Report on the bubonic plague in Bombay, 1896-1897
Year: 1896
Disease focus: Plague
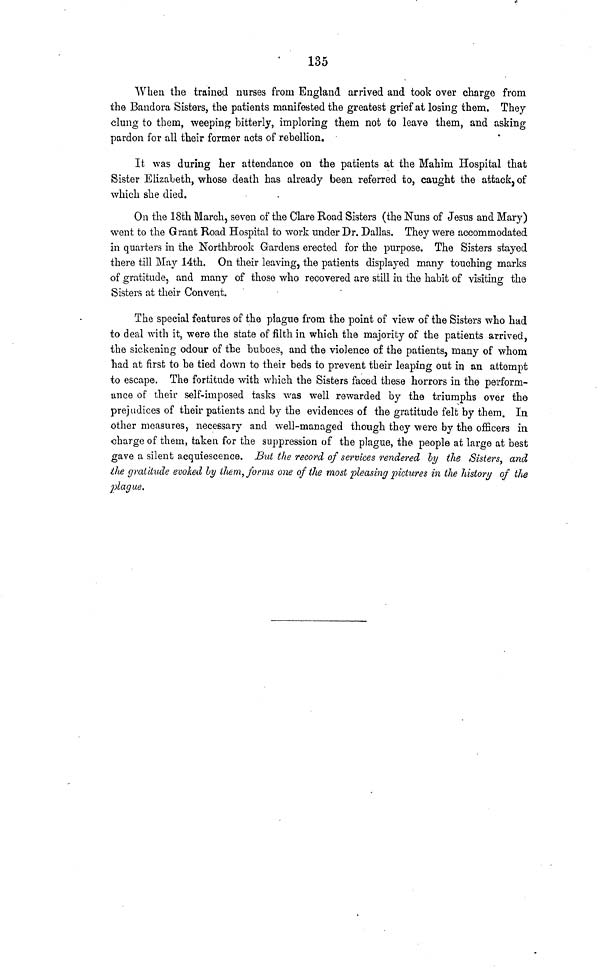
135
When the trained nurses from England arrived and took over charge from
the Bandora Sisters, the patients manifested the greatest grief at losing them. They
clung to them, weeping bitterly, imploring them not to leave them, and asking
pardon for all their former acts of rebellion.
It was during her attendance on the patients at the Mahim Hospital that
Sister Elizabeth, whose death has already been referred to, caught the attack, of
which she died.
On the 18th March, seven of the Clare Road Sisters (the Nuns of Jesus and Mary)
went to the Grant Road Hospital to work under Dr. Dallas. They were accommodated
in quarters in the Northbrook Gardens erected for the purpose. The Sisters stayed
there till May 14th, On their leaving, the patients displayed many touching marks
of gratitude, and many of those who recovered are still in the habit of visiting the
Sisters at their Convent.
The special features of the plague from the point of view of the Sisters who had
to deal with it, were the state of filth in which the majority of the patients arrived,
the sickening odour of the buboes, and the violence of the patients, many of whom
had at first to be tied down to their beds to prevent their leaping out in an attempt
to escape. The fortitude with which the Sisters faced these horrors in the perform-
ance of their self-imposed tasks was well rewarded by the triumphs over the
prejudices of their patients and by the evidences of the gratitude felt by them. In
other measures, necessary and well-managed though they were by the officers in
charge of them, taken for the suppression of the plague, the people at large at best
gave a silent acquiescence. But the record of services rendered by the Sisters, and
the gratitude evoked by them, forms one of the most pleasing pictures in the history of the
plague.